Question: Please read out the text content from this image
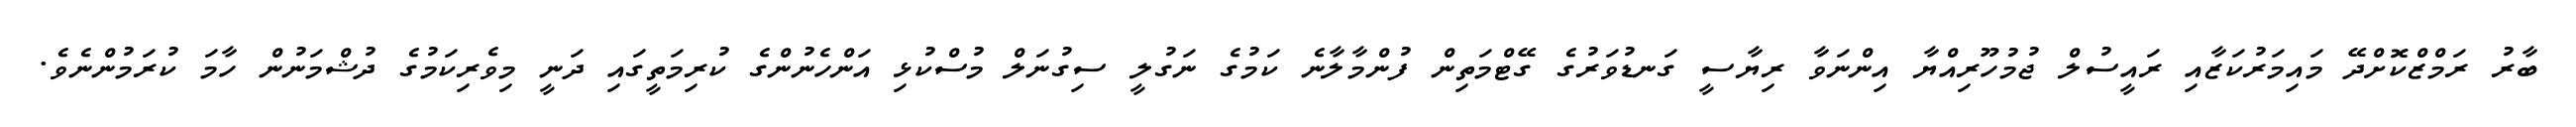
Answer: ބާރު ރަމްޒްކޮށްދޭ މައިމަރުކަޒާއި ރައީސުލް ޖުމުހޫރިއްޔާ އިންނަވާ ރިޔާސީ ގަނޑުވަރުގެ ގޭޓްމަތިން ފުންމާލާނެ ކަމުގެ ނަގުލީ ސިގުނަލް މުސްކުޅި އަންހެނުންގެ ކުރިމަތީގައި ދަނީ މިވެރިކަމުގެ ދުޝްމަނުން ހާމަ ކުރަމުންނެވެ.